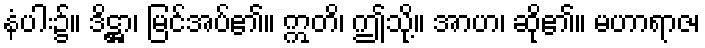
နံပါး၌။ ဒိဋ္ဌာ၊ မြင်အပ်၏။ ဣတိ၊ ဤသို့။ အာဟ၊ ဆို၏။ မဟာရာဇ၊